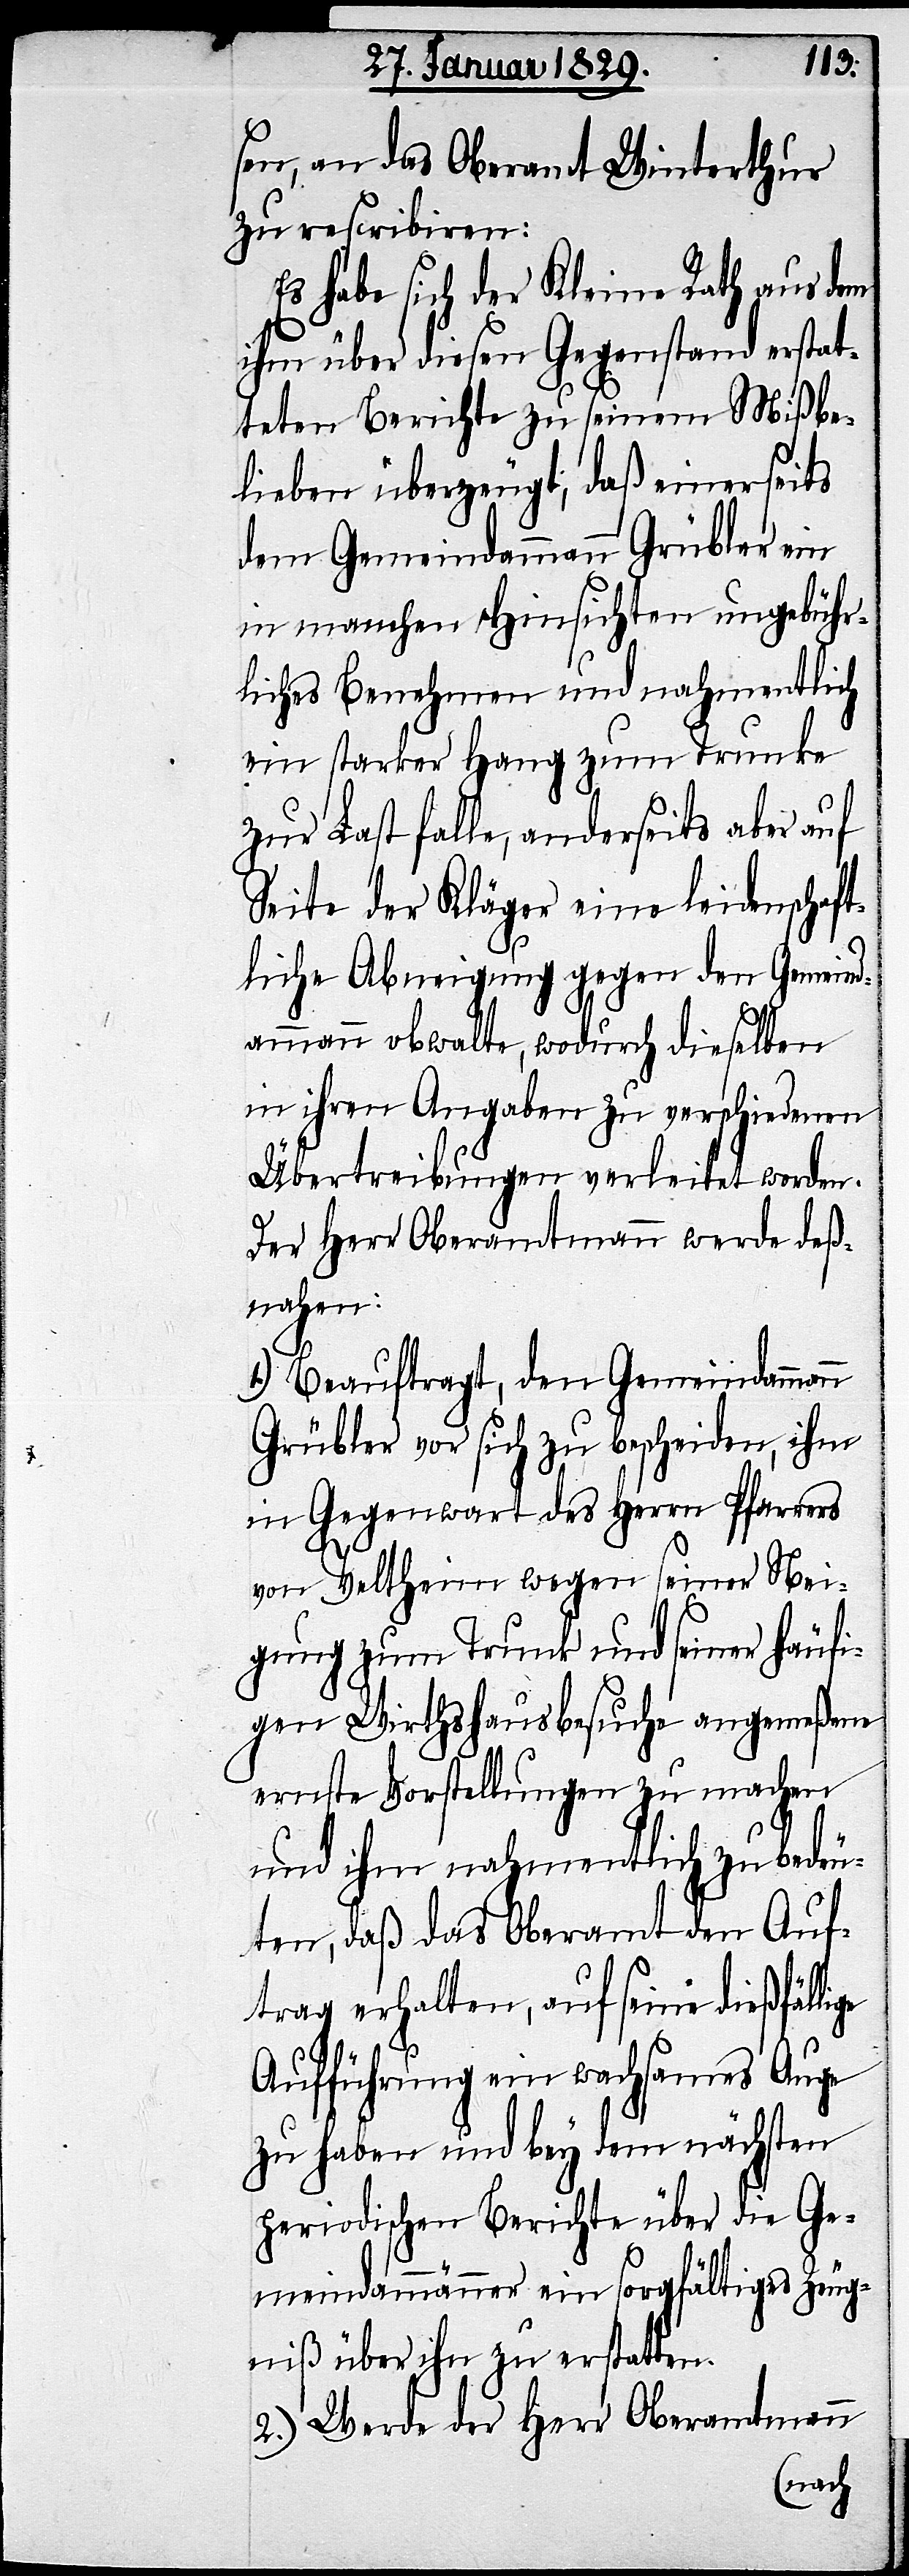
sen, an das Oberamt Winterthur
zu rescribiren:
Es habe sich der Kleine Rath aus dem
ihm über diesen Gegenstand erstat¬
teten Berichte zu seinem Mißbe¬
lieben überzeugt, daß einerseits
dem Gemeindammann Grübler ein
in manchen Hinsichten ungebühr¬
liches Benehmen und nahmentlich
ein starker Hang zum Trunke
zur Last falle, anderseits aber auf
Seite der Kläger eine leidenschaft¬
liche Abneigung gegen den Gemeind¬
ammann obwalte, wodurch dieselben
in ihren Angaben zu verschiedenen
Übertreibungen verleitet worden.
Der Herr Oberamtmann werde deß¬
lige
1.) Beauftragt, den Gemeindammann
Grübler vor sich zu bescheiden, ihm
in Gegenwart des Herrn Pfarrers
von Veltheim wegen seiner Nei¬
gung zum Trunk und seiner häufi¬
gen Wirthshausbesuche angemeßene
ernste Vorstellungen zu machen
und ihm nahmentlich zu bedeu¬
ten, daß das Oberamt den Auf¬
trag erhalten, auf seine dießfäl¬
Aufführung ein wachsames Auge
zu haben und bey dem nächsten
periodischen Berichte über die Ge¬
meindammänner ein sorgfältiges Zeug¬
niß über ihn zu erstatten.
2.) Werde der Herr Oberamtmann